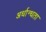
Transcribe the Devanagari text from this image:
अर्धान्धता